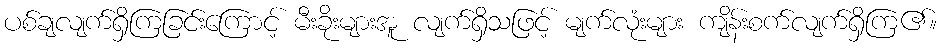
ပစ်ချလျက်ရှိကြခြင်းကြောင့် မီးခိုးများအူ လျက်ရှိသဖြင့် မျက်လုံးများ ကျိန်းစက်လျက်ရှိကြ၏။